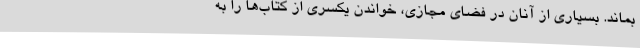
بماند. بسیاری از آنان در فضای مجازی، خواندن یکسری از کتاب‌ها را به